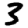
Digit: 3